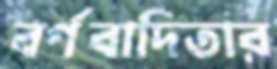
বর্ণবাদিতার